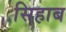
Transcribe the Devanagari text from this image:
सिहाब